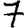
Digit: 7